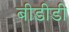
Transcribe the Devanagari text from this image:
बीडीडी